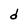
Character: d